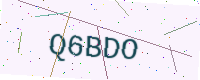
Text: Q6BDO